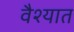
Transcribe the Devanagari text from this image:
वैश्यात